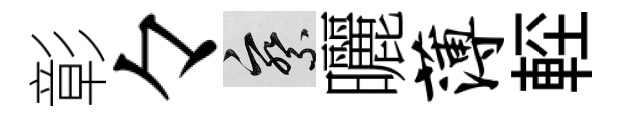
彰々察曬薄䡖